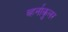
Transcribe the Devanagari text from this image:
व्हर्नाकुलर